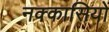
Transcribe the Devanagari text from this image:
नक्‍कासियों